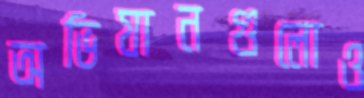
অভিযানগুলোও